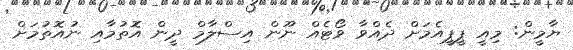
ޔާމީން: މިއީ ޕީޕީއެމަށް ދެއްވާ ވޯޓެއް ނޫން އިސްލާމް ދީން އޮތުމާއި ނުއޮތުމަށް